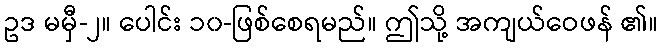
ဥဒ မမှီ-၂။ ပေါင်း ၁၀-ဖြစ်စေရမည်။ ဤသို့ အကျယ်ဝေဖန် ၏။